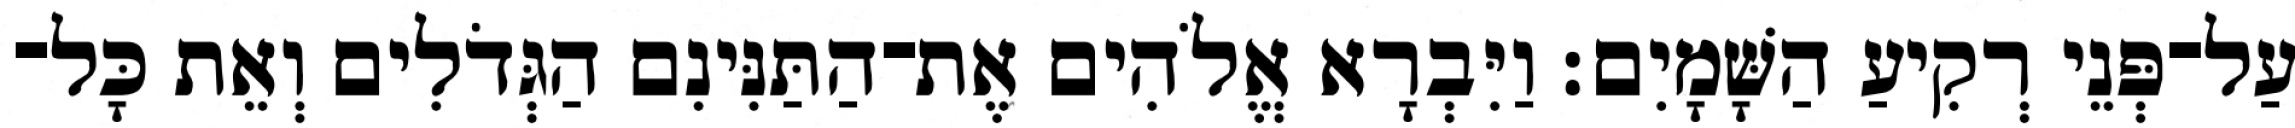
עַל־פְּנֵי רְקִיעַ הַשָּׁמָיִם׃ וַיִּבְרָא אֱלֹהִים אֶת־הַתַּנִּינִם הַגְּדֹלִים וְאֵת כָּל־